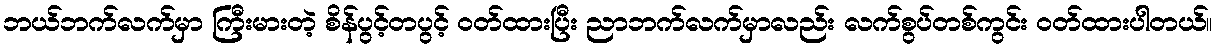
ဘယ်ဘက်လက်မှာ ကြီးမားတဲ့ စိန်ပွင့်တပွင့် ဝတ်ထားပြီး ညာဘက်လက်မှာလည်း လက်စွပ်တစ်ကွင်း ဝတ်ထားပါတယ်။